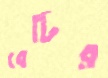
বেটির